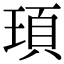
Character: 頊